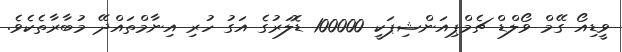
ވީޑިއޯ ގޭމް ވޯލްޑް ޗެމްޕިއަންޝިޕަކީ 100000 ޑޮލަރުގެ އަގު ހުރި އިނާމްތައްދޭ މުބާރާތެކެވެ.